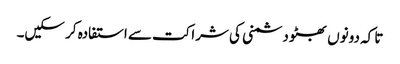
تا کہ دونوں بھٹو دشمنی کی شراکت سے استفادہ کر سکیں۔